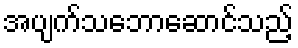
အပျက်သဘောဆောင်သည့်